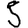
Digit: 5